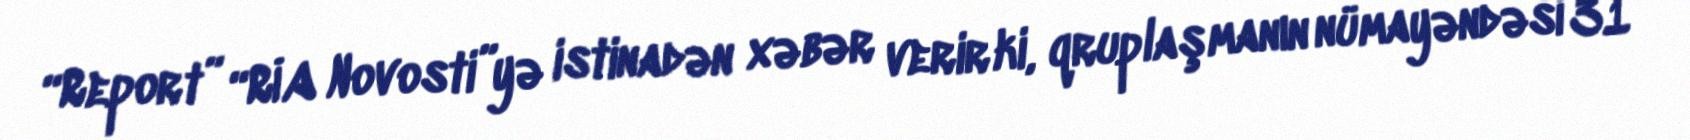
“Report” “RİA Novosti”yə istinadən xəbər verir ki, qruplaşmanın nümayəndəsi 31